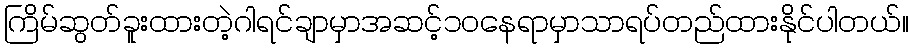
ကြိမ်ဆွတ်ခူးထားတဲ့ဂါရင်ချာမှာအဆင့်၁၀နေရာမှာသာရပ်တည်ထားနိုင်ပါတယ်။